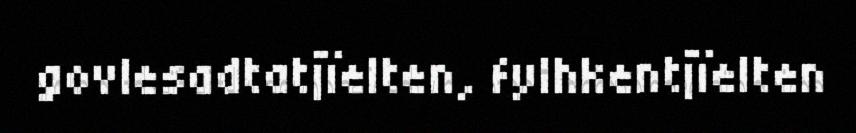
govlesadtatjïelten, fylhkentjïelten